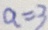
a = 3